画像に写った文字を読んでください
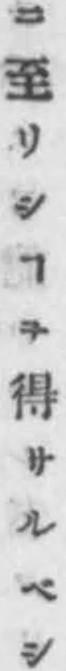
「ニ至リシヿヲ得サルベシ」と書いてあります